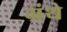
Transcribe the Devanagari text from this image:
ग्रंथे